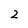
Character: 2